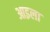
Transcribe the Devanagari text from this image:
आइला